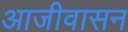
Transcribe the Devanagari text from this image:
आजीवासन